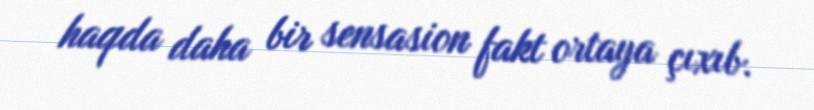
haqda daha bir sensasion fakt ortaya çıxıb.